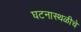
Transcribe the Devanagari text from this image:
घटनास्थळीचे